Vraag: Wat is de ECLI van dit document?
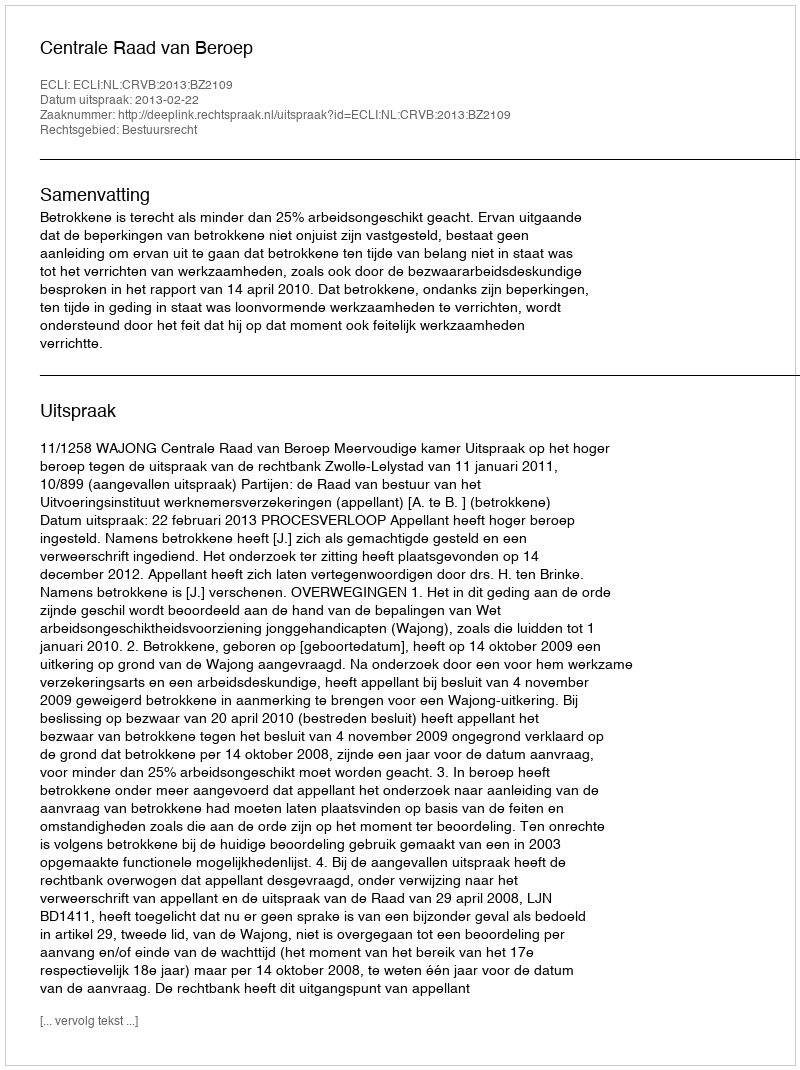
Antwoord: ECLI:NL:CRVB:2013:BZ2109